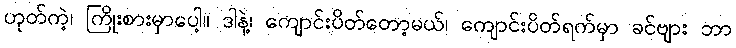
ဟုတ်ကဲ့၊ ကြိုးစားမှာပေါ့။ ဒါနဲ့၊ ကျောင်းပိတ်တော့မယ်၊ ကျောင်းပိတ်ရက်မှာ ခင်ဗျား ဘာ